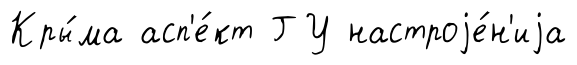
Кры́ма асп'е́кт ГУ настроjе́н'иjа